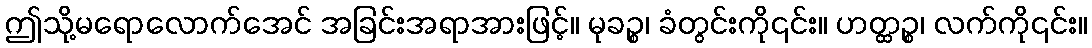
ဤသို့မရောလောက်အေင် အခြင်းအရာအားဖြင့်။ မုခဉ္စ၊ ခံတွင်းကို၎င်း။ ဟတ္ထဉ္စ၊ လက်ကို၎င်း။